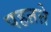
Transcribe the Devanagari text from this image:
पहऩऩे